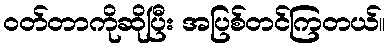
ဝတ်တာကိုဆိုပြီး အပြစ်တင်ကြတယ်။